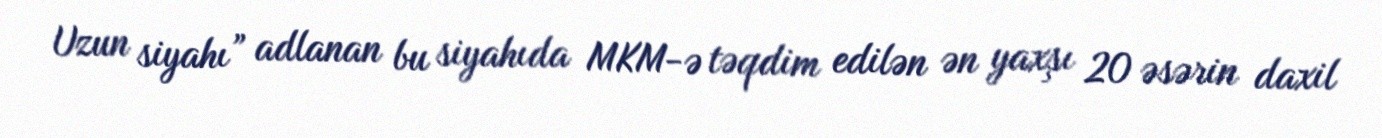
Uzun siyahı” adlanan bu siyahıda MKM-ə təqdim edilən ən yaxşı 20 əsərin daxil